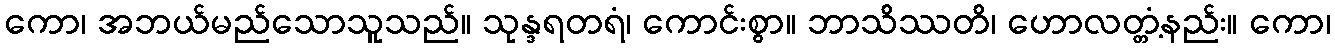
ကော၊ အဘယ်မည်သောသူသည်။ သုန္ဒရတရံ၊ ကောင်းစွာ။ ဘာသိဿတိ၊ ဟောလတ္တံ့နည်း။ ကော၊